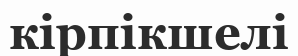
кірпікшелі